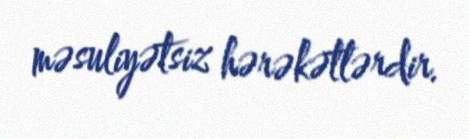
məsuliyətsiz hərəkətlərdir.